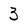
Character: 3